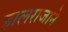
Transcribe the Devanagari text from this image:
हालराजाने